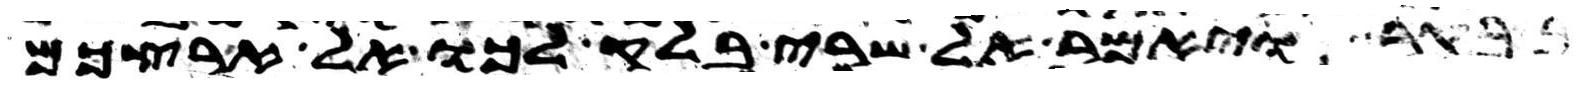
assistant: בבקר ויאמר אל שרי בלק לכו אל ארצכם